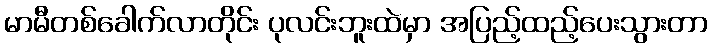
မာမီတစ်ခေါက်လာတိုင်း ပုလင်းဘူးထဲမှာ အပြည့်ထည့်ပေးသွားတာ